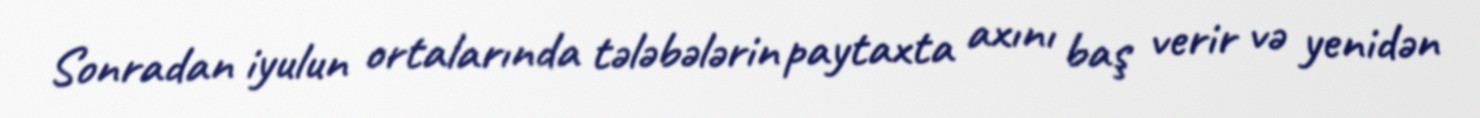
Sonradan iyulun ortalarında tələbələrin paytaxta axını baş verir və yenidən